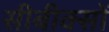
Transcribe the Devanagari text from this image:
सीबीक्सों